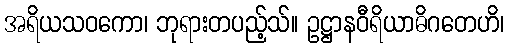
အရိယသဝကော၊ ဘုရားတပည့်သ်။ ဥဋ္ဌာနဝီရိယာဓိဂတေဟိ၊